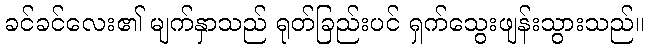
ခင်ခင်လေး၏ မျက်နှာသည် ရုတ်ခြည်းပင် ရှက်သွေးဖျန်းသွားသည်။